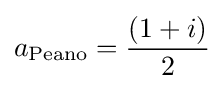
a_{\text{Peano}}={\frac {(1+i)}{2}}